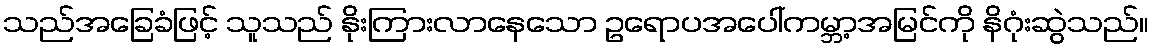
သည်အခြေခံဖြင့် သူသည် နိုးကြားလာနေသော ဥရောပအပေါ်ကမ္ဘာ့အမြင်ကို နိဂုံးဆွဲသည်။